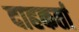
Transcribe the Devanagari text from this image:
दाहकर्ता